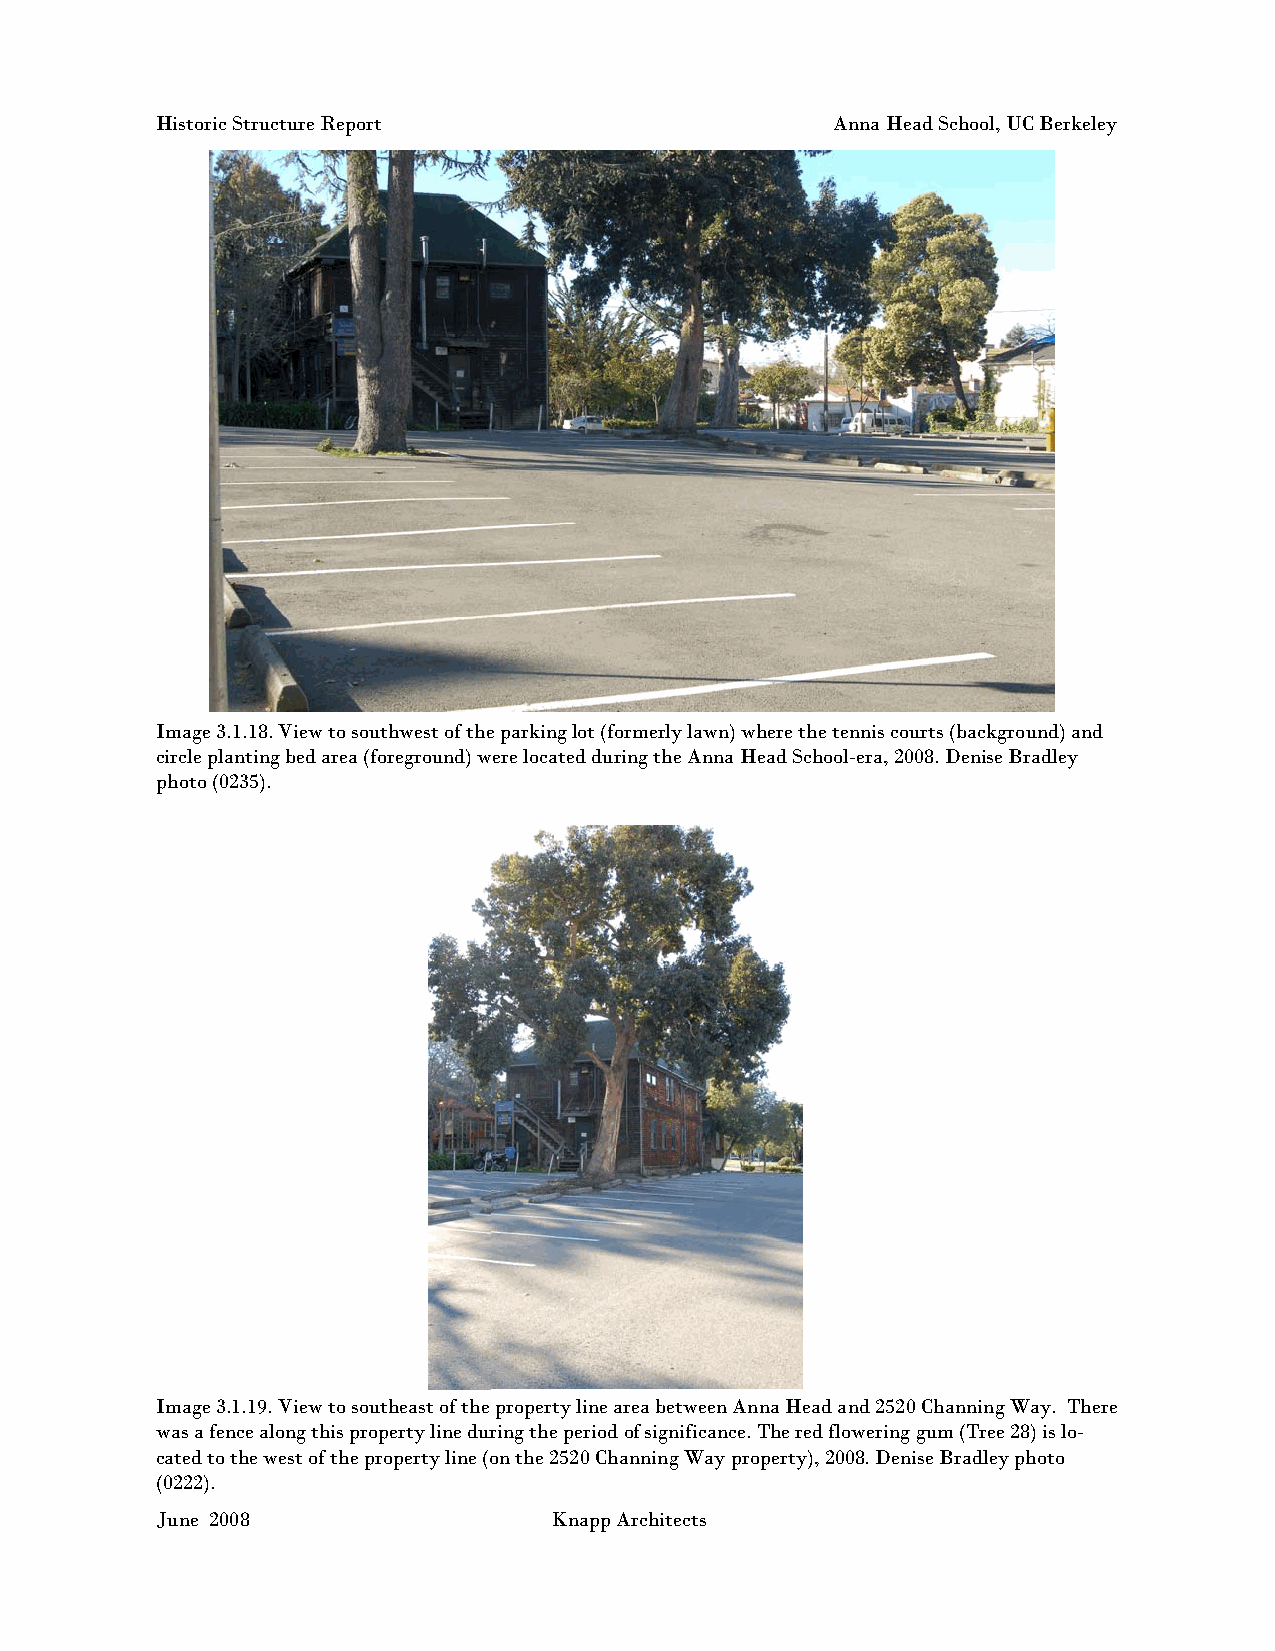
Historic Structure Report                    Anna Head School, UC Berkeley
 Image 3.1.18. View to southwest of the parking lot (formerly lawn) where the tennis courts (background) and
 circle planting bed area (foreground) were located during the Anna Head School-era, 2008. Denise Bradley
 photo (0235).
 Image 3.1.19. View to southeast of the property line area between Anna Head and 2520 Channing Way. There
 was a fence along this property line during the period of significance. The red flowering gum (Tree 28) is lo-
 cated to the west of the property line (on the 2520 Channing Way property), 2008. Denise Bradley photo
 (0222).
 June 2008                 Knapp Architects